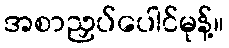
အစာညှပ်ပေါင်မုန့်။